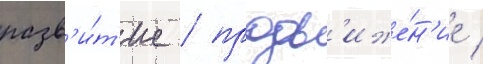
разв'и́т'ие / продв'иже́н'ие /